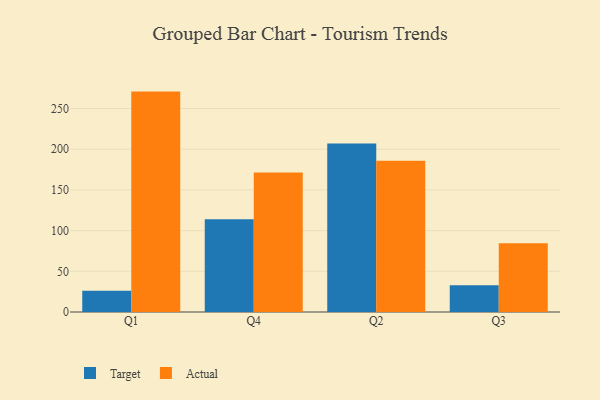
{"axis": {"x": "Quarter", "y": "Gross Profit (USD K)"}, "legend": ["Actual", "Target"], "data": [{"x": "Q1", "y": 26.0, "type": "Target"}, {"x": "Q1", "y": 270.8, "type": "Actual"}, {"x": "Q4", "y": 114.1, "type": "Target"}, {"x": "Q4", "y": 171.4, "type": "Actual"}, {"x": "Q2", "y": 207.0, "type": "Target"}, {"x": "Q2", "y": 185.8, "type": "Actual"}, {"x": "Q3", "y": 33.0, "type": "Target"}, {"x": "Q3", "y": 84.6, "type": "Actual"}]}